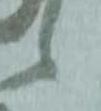
候